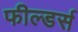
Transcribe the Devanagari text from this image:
फील्डर्स